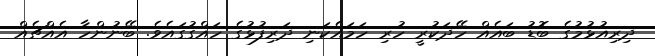
ދިރިއުޅުމުގެ ބޮޑު ބައެއް ހޭދަކުރީ ހުރި ހަމައެކަނި ދަރިފުޅުގެ ހައްގުގައެވެ. ބޭނުންހާ އެއްޗެއް